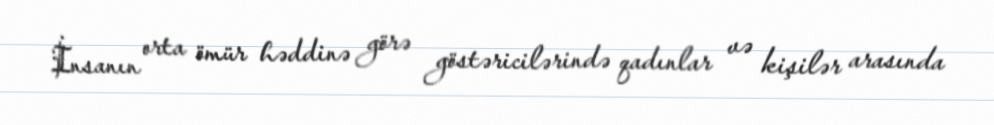
İnsanın orta ömür həddinə görə göstəricilərində qadınlar və kişilər arasında